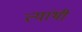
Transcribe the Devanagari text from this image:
त्यांथी